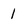
Character: 1